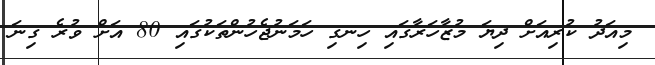
މިއަދު ކުރިއަށް ދިޔަ މުޒާހަރާގައި ހިނގި ހަމަނުޖެހުންތަކުގައި 80 އަށް ވުރެ ގިނަ